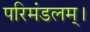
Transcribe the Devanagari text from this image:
परिमंडलम्।